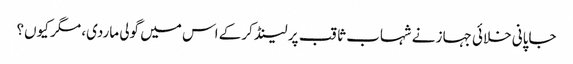
جاپانی خلائی جہاز نے شہاب ثاقب پر لینڈ کرکے اس میں گولی ماردی، مگر کیوں؟